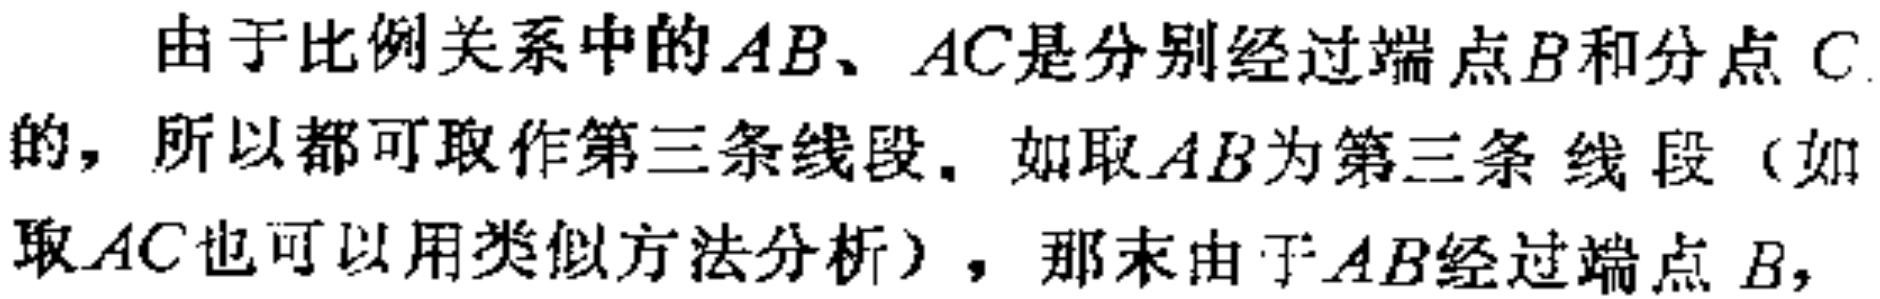
由于比例关系中的\(AB\)、\(AC\)是分别经过端点\(B\)和分点\(C\)的，所以都可取作第三条线段. 如取\(AB\)为第三条 线段（如取\(AC\)也可以用类似方法分析），那末由于\(AB\)经过端点 \(B\)，